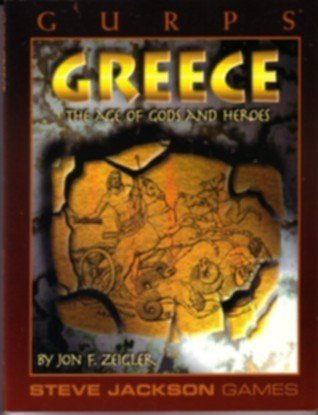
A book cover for GURPS Greece; Jon Zeigler; Science Fiction & Fantasy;